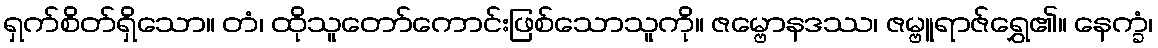
ရှက်စိတ်ရှိသော။ တံ၊ ထိုသူတော်ကောင်းဖြစ်သောသူကို။ ဇမ္ဗောနဒဿ၊ ဇမ္ဗူရာဇ်ရွှေ၏။ နေက္ခံ၊